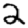
Digit: 2